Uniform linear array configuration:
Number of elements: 12
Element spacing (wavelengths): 0.5
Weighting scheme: blackman
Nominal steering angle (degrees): -15
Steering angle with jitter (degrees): -13.152
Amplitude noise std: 0.05
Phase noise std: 0.05

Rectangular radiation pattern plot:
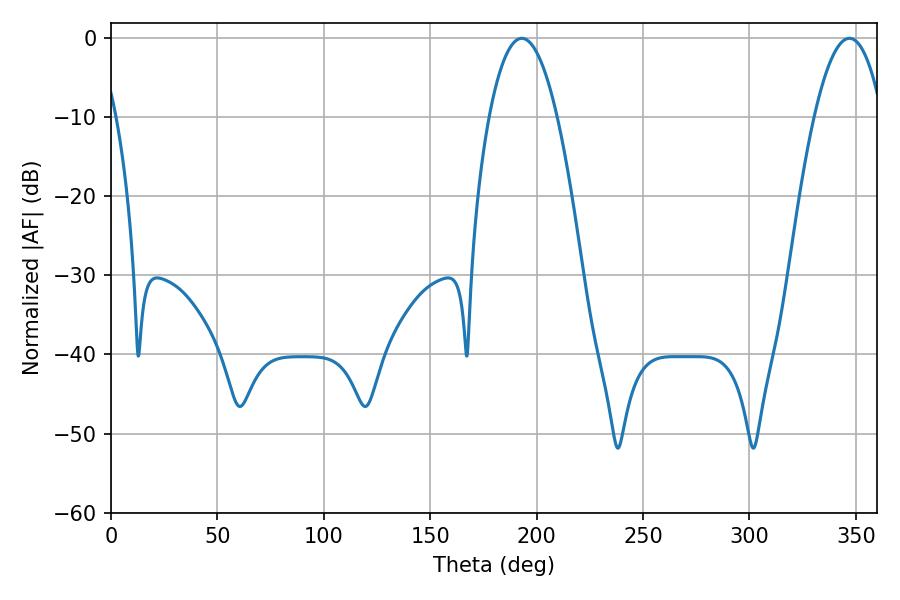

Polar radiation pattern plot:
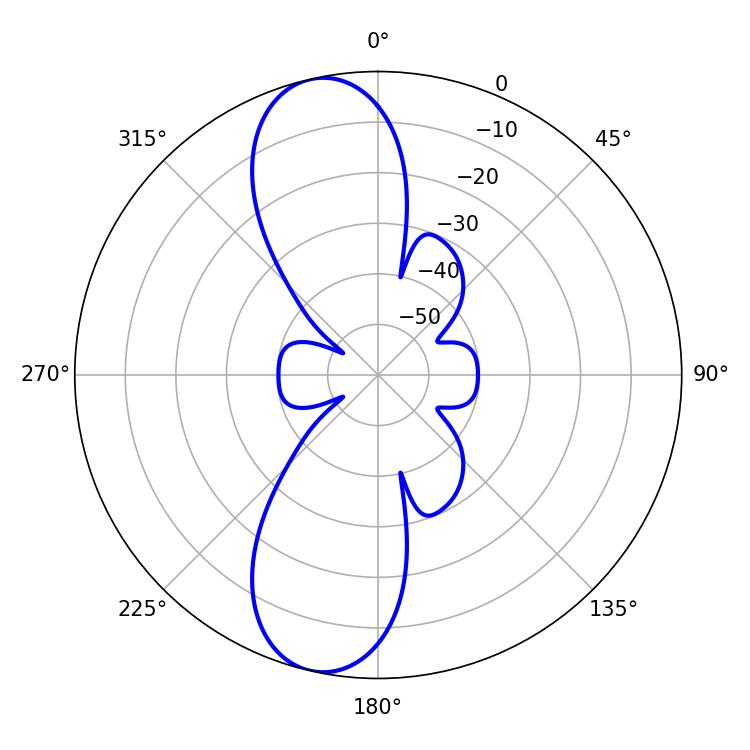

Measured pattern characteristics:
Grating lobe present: FALSE
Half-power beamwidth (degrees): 17.64
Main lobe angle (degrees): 347.04